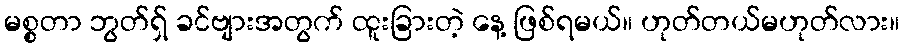
မစ္စတာ ဘွတ်ရှ် ခင်ဗျားအတွက် ထူးခြားတဲ့ နေ့ ဖြစ်ရမယ်။ ဟုတ်တယ်မဟုတ်လား။